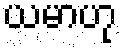
ယမာဟု